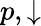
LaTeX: p,\downarrow